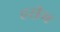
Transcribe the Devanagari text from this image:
हरीम